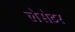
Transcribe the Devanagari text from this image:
लेसेटर